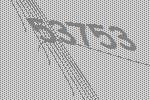
53753